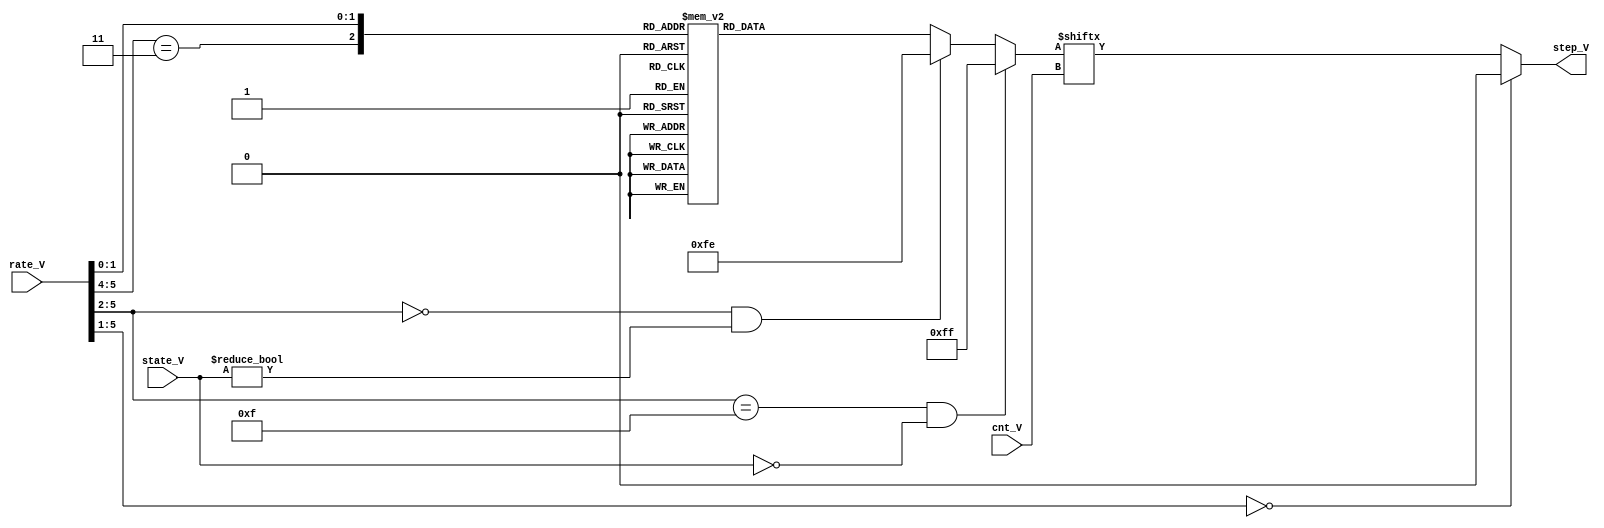
// This program was cloned from: https://github.com/MiSTer-devel/Genesis_MiSTer
// License: GNU General Public License v3.0

/*
+---------------------------------------------------------------------------------------------------------------------------------------------------------------------------------------+
| Module             | Partition | Slices*       | Slice Reg     | LUTs          | LUTRAM        | BRAM/FIFO | DSP48A1 | BUFG  | BUFIO | BUFR  | DCM   | PLL_ADV   | Full Hierarchical  |
+---------------------------------------------------------------------------------------------------------------------------------------------------------------------------------------+
| eg_step_ram/       |           | 3/3           | 0/0           | 7/7           | 0/0           | 0/0       | 0/0     | 0/0   | 0/0   | 0/0   | 0/0   | 0/0       | eg_step            |
+---------------------------------------------------------------------------------------------------------------------------------------------------------------------------------------+

*/

module eg_step_ram(
	input [2:0] state_V,
	input [5:0] rate_V,
	input [2:0] cnt_V,
	output reg step_V
);

localparam ATTACK=3'd0, DECAY1=3'd1, DECAY2=3'd2, RELEASE=3'd7, HOLD=3'd3;
reg [7:0] step_idx;
reg [7:0] step_ram;

always @(*)
	case( { rate_V[5:4]==2'b11, rate_V[1:0]} )
		3'd0: step_ram = 8'b00000000;
		3'd1: step_ram = 8'b10001000; // 2
		3'd2: step_ram = 8'b10101010; // 4
		3'd3: step_ram = 8'b11101110; // 6
		3'd4: step_ram = 8'b10101010; // 4
		3'd5: step_ram = 8'b11101010; // 5
		3'd6: step_ram = 8'b11101110; // 6
		3'd7: step_ram = 8'b11111110; // 7
	endcase

always @(*) begin : rate_step
	if( rate_V[5:2]==4'hf && state_V == ATTACK)
		step_idx = 8'b11111111; // Maximum attack speed, rates 60&61
	else
	if( rate_V[5:2]==4'd0 && state_V != ATTACK)
		step_idx = 8'b11111110; // limit slowest decay rate_IV
	else
		step_idx = step_ram;
	// a rate_IV of zero keeps the level still
	step_V = rate_V[5:1]==5'd0 ? 1'b0 : step_idx[ cnt_V ];
end

endmodule // eg_step